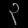
Digit: ၃